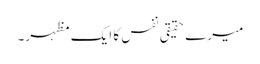
میرے حقیقی نفس کا ایک مظہر۔